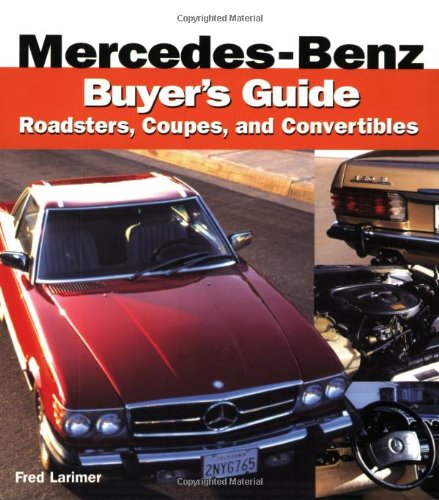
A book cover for Mercedes-Benz Buyer's Guide; Fred Larimer; Engineering & Transportation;